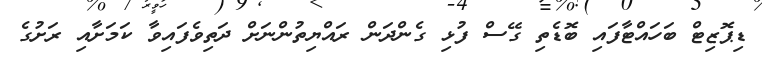
ޑިޕޮޒިޓް ބަހައްޓާފައި ބޮޑެތި ގޭސް ފުޅި ގެންދަން ރައްޔިތުންނަށް ދަތިވެފައިވާ ކަމަށާއި ރަށުގެ